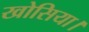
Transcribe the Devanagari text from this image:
खोसिया।